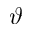
\vartheta